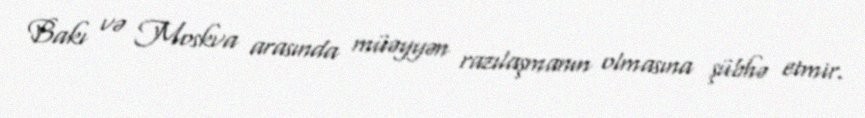
Bakı və Moskva arasında müəyyən razılaşmanın olmasına şübhə etmir.